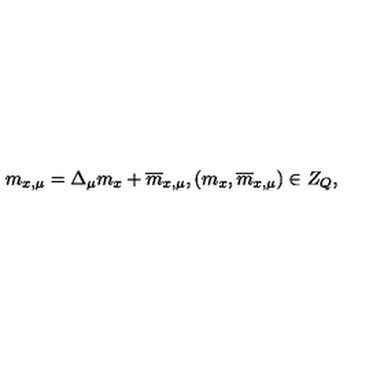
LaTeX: m _ { x , \mu } = \Delta _ { \mu } m _ { x } + \overline { { m } } _ { x , \mu } , ( m _ { x } , \overline { { m } } _ { x , \mu } ) \in Z _ { Q } ,